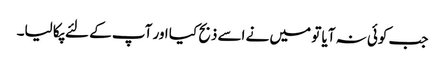
جب کوئی نہ آیا تو میں نے اسے ذبح کیا اور آپ کے لئے پکا لیا۔